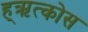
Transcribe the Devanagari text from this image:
ह्ऋत्कोस